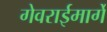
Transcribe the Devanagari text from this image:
गेवराईमार्गे